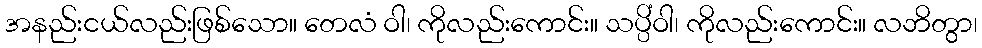
အနည်းငယ်လည်းဖြစ်သော။ တေလံ ဝါ၊ ကိုလည်းကောင်း။ သပ္ပိံဝါ၊ ကိုလည်းကောင်း။ လဘိတွာ၊